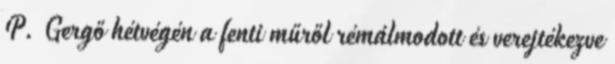
P. Gergő hétvégén a fenti műről rémálmodott és verejtékezve